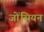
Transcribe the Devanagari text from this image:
जोंसियन